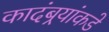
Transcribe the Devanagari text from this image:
कादंबर्‍यांकडे